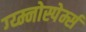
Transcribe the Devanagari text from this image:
ग्य्म्नोस्पेर्म्स